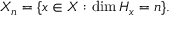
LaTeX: X _ { n } = \{ x \in X : \dim H _ { x } = n \} .